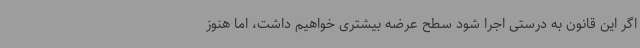
اگر این قانون به درستی اجرا شود سطح عرضه بیشتری خواهیم داشت، اما هنوز